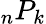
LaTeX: {}_{n}P_{k}